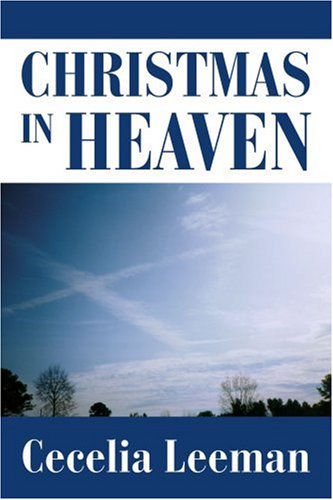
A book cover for Christmas in Heaven; Cecelia Leeman; Christian Books & Bibles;